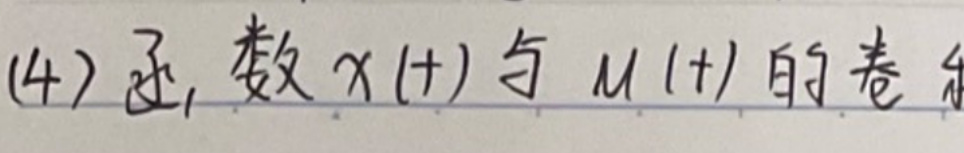
(4) 函数 $x(t)$ 与 $u(t)$ 的卷积